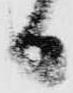
日